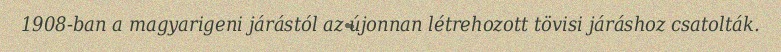
1908-ban a magyarigeni járástól az újonnan létrehozott tövisi járáshoz csatolták.